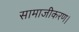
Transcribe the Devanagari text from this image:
सामाजीकरण।